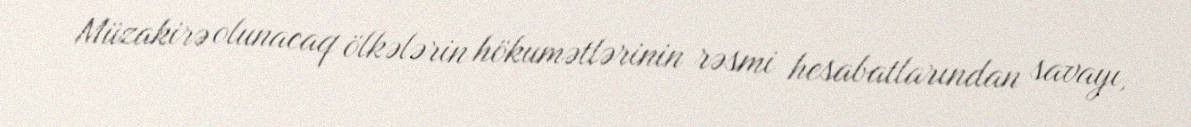
Müzakirə olunacaq ölkələrin hökumətlərinin rəsmi hesabatlarından savayı,